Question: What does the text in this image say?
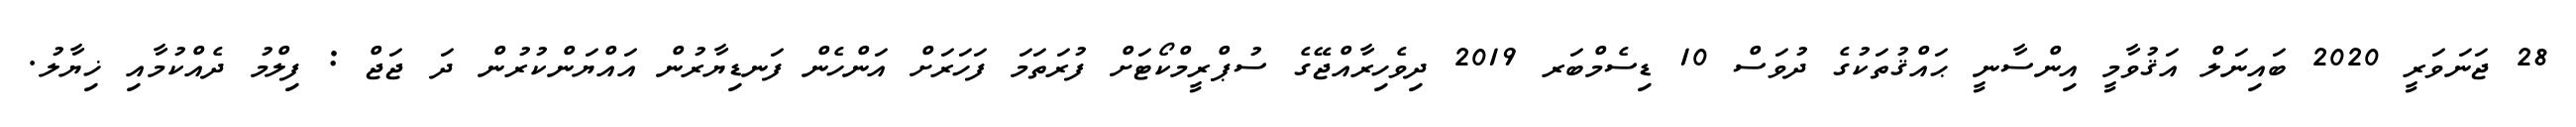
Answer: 28 ޖަނަވަރީ 2020 ބައިނަލް އަޤުވާމީ އިންސާނީ ޙައްޤުތަކުގެ ދުވަސް 10 ޑިސެމްބަރ 2019 ދިވެހިރާއްޖޭގެ ސުޕްރީމްކޯޓަށް ފުރަތަމަ ފަހަރަށް އަންހެން ފަނޑިޔާރުން އައްޔަންކުރުން ދަ ޖަޖް : ފިލްމު ދެއްކުމާއި ޚިޔާލު.